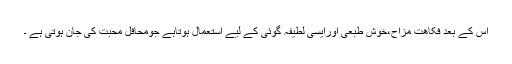
اس کے بعد فکاھت مزاح،خوش طبعی اورایسی لطیفہ گوئی کے لیے استعمال ہوتاہے جومحافل محبت کی جان ہوتی ہے ۔